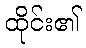
ထိုင်း၏